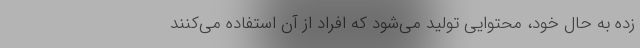
زده به حال خود، محتوایی تولید می‌شود که افراد از آن استفاده می‌کنند